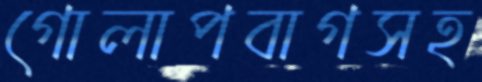
গোলাপবাগসহ